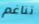
تناغم